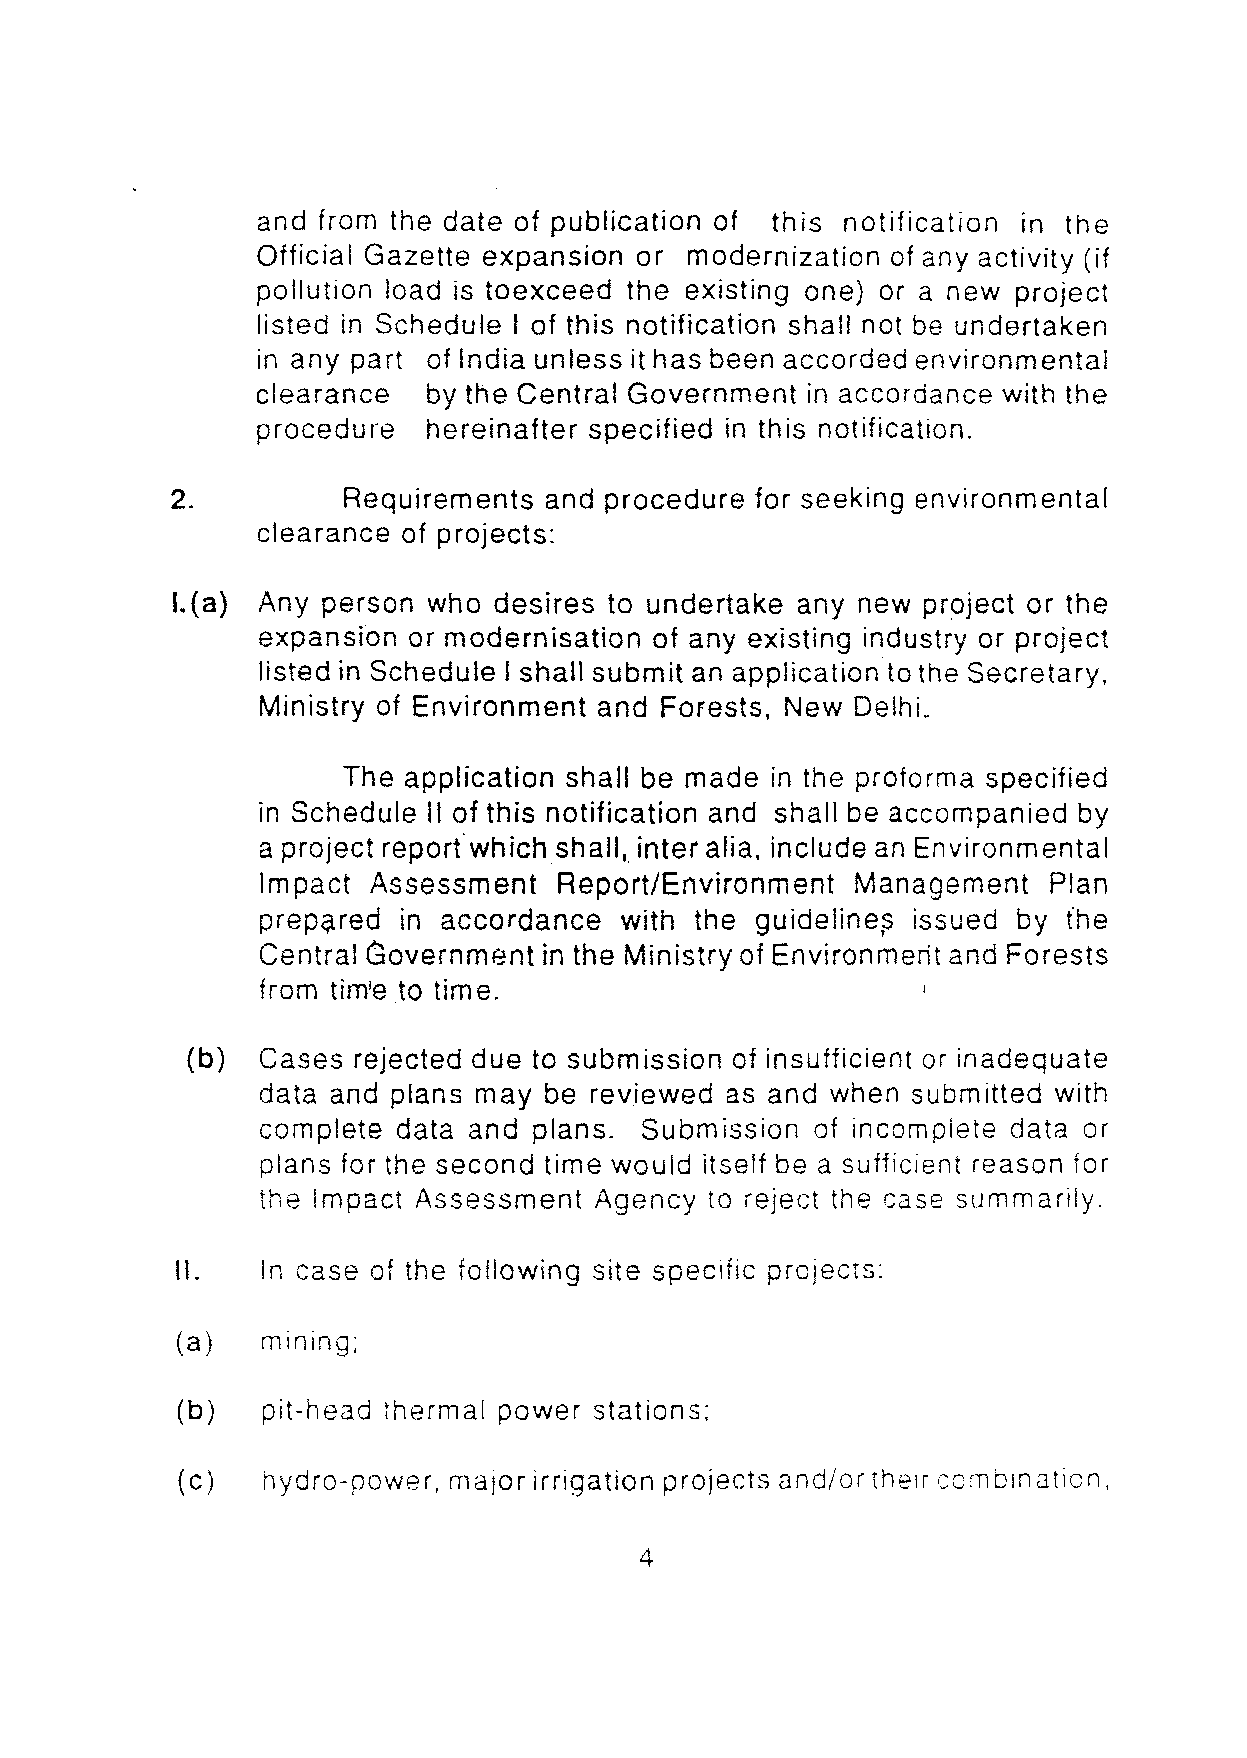
and from the date of publication of this notification in the
 Official Gazette expansion or modernization of any activity (if
 pollution load is toexceed the existing one) or a new project
 listed in Schedule I of this notification shall not be undertaken
 in any part of India unless it has been accorded environmental
 clearance  by the Central Government in accordance with the
 procedure  hereinafter specified in this notification.
 2.          Requirements and procedure for seeking environmental
 clearance of projects:
 I.(a} Any person who  desires to undertake any new project or the
 expansion or modernisation of any existing industry or project
 listed in Schedule I shall submit an application to the Secretary.
 Ministry of Environment and Forests, New Delhi.
 The application shall be made in the proforma specified
 in Schedule II of this notification and shall be accompanied by
 a project report'which shall" inter alia, include an Environmental
 Impact Assessment   Report/Environment  Management  Plan
 prepared in accordance  with the quldelines issued by the
 Central Government in the Ministry of Environmerit and Forests
 from tim'e to time.
 (b)  Cases rejected due to submission of insufficient or inadequate
 data and plans may be reviewed as and when submitted with
 complete data and plans. Submission  of incomplete data or
 plans for the second time would itself be a sufficient reason for
 the Impact Assessment Agency  to reject the case summarily.
 II.  In case of the following site specific projects:
 (b)  pit-head thermal power stations:
 (c)  hydro-power. major irrigation projects and/or thelr combinat.on.
 4